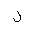
Letter: _lam